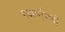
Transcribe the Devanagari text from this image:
गव्हर्नरशी